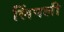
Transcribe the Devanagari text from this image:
लिंपली